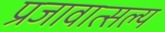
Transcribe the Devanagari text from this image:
प्रजावात्सल्य